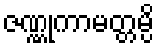
ဇဏ္ဏုကာမတ္တမ္ပိ